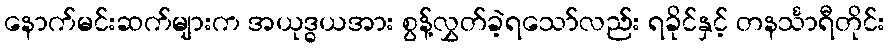
နောက်မင်းဆက်များက အယုဒ္ဓယအား စွန့်လွှတ်ခဲ့ရသော်လည်း ရခိုင်နှင့် တနင်္သာရီတိုင်း